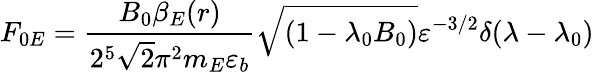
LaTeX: F_{0E}=\frac{B_{0}\beta_{E}(r)}{2^{5}\sqrt{2}\pi^{2}m_{E}\varepsilon_{b}}\sqrt{(1-\lambda_{0}B_{0})}\varepsilon^{-3/2}\delta(\lambda-\lambda_{0})